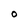
Character: O